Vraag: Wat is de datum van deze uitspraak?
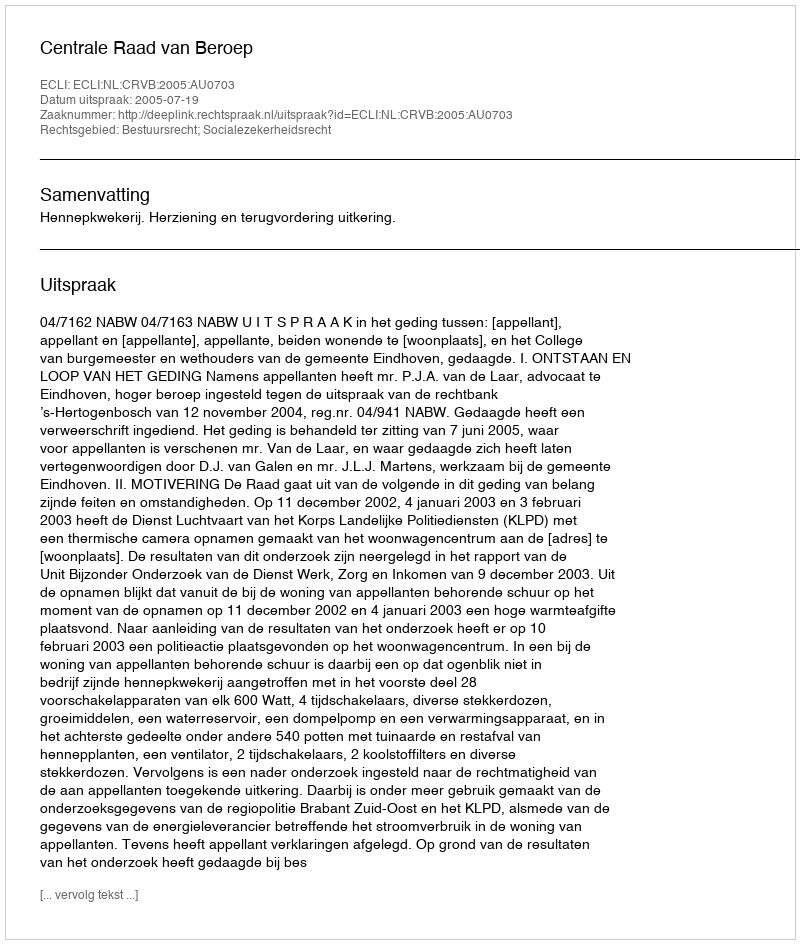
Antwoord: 2005-07-19